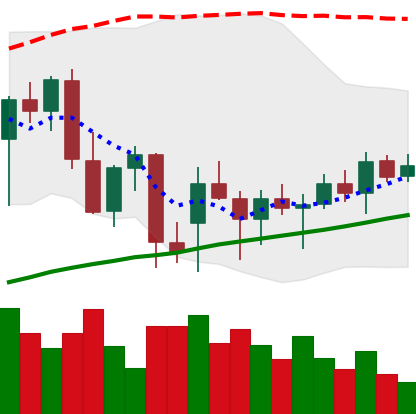
Ticker: ETH-USD
Chart end date: 2021-12-25
Forward return: -9.27%
Label: down_7plus